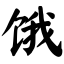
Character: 饿